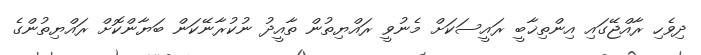
ދިވެހި ރާއްޖޭގައި އިންތިޚާބީ ރައީސަކަށް މެނުވީ ރައްޔިތުން ތާއީދު ނުކުރާނޭކަން ބަޔާންކޮށް ރައްޔިތުންގެ